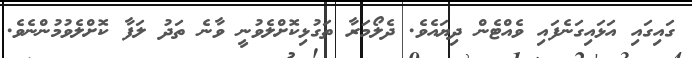
ގައިގައި އަޅައިގަނެފައި ވެއްޓެން ދިޔައެވެ. ދެލޯމަރާ ތަގުޅިކޮށްލެވުނީ ވާނެ ތަދު ލަފާ ކޮށްލެވުމުންނެވެ.